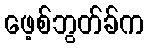
ဖေ့စ်ဘွတ်ခ်က